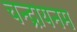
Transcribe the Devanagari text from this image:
चन्द्रायनम